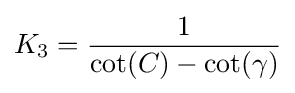
K_{3}={\frac {1}{\cot(C)-\cot(\gamma )}}